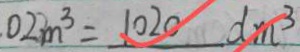
0 2 m ^ { 3 } = 1 0 2 0 d m ^ { 3 }